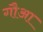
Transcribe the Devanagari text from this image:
गौआ